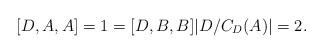
LaTeX: \begin{align*}[D,A,A]=1=[D,B,B]|D/C_D(A)|=2.\end{align*}